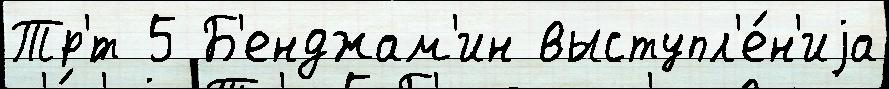
Тр'́т 5 Б'енджам'ин выступл'е́н'иjа